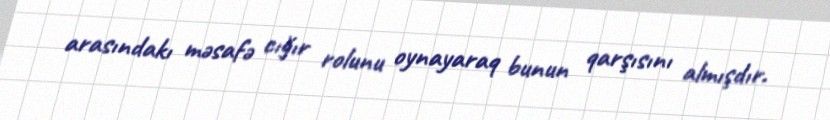
arasındakı məsafə cığır rolunu oynayaraq bunun qarşısını almışdır.